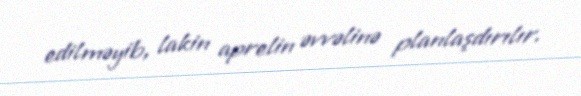
edilməyib, lakin aprelin əvvəlinə planlaşdırılır.